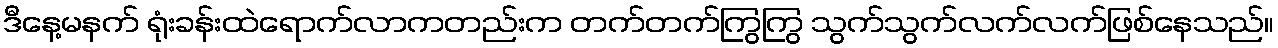
ဒီနေ့မနက် ရုံးခန်းထဲရောက်လာကတည်းက တက်တက်ကြွကြွ သွက်သွက်လက်လက်ဖြစ်နေသည်။